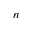
_ { n }